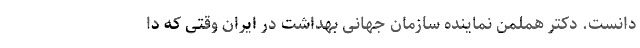
دانست. دکتر هملمن نماینده سازمان جهانی بهداشت در ایران وقتی که دا